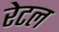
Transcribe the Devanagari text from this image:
रेटल